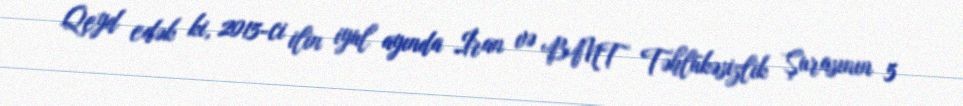
Qeyd edək ki, 2015-ci ilin iyul ayında İran və BMT Təhlükəsizlik Şurasının 5